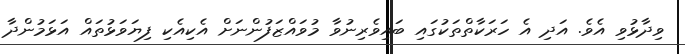
ވިދާޅުވި އެވެ. އަދި އެ ހަރަކާތްތަކުގައި ބައިވެރިނުވާ މުވައްޒަފުންނަށް އެކިއެކި ފިޔަވަޅުތައް އަޅަމުންދާ